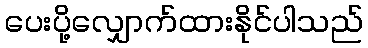
ပေးပို့လျှောက်ထားနိုင်ပါသည်